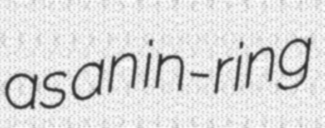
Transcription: as an in-ring